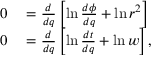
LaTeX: \begin{array} { r l } { 0 } & { { } = { \frac { d } { d q } } \left[ \ln { \frac { d \phi } { d q } } + \ln r ^ { 2 } \right] } \\ { 0 } & { { } = { \frac { d } { d q } } \left[ \ln { \frac { d t } { d q } } + \ln w \right] , } \end{array}